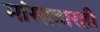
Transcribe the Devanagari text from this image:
मांसाहारही